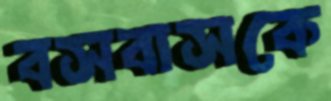
বসবাসকে